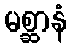
မစ္ဆာနံ